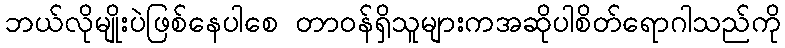
ဘယ်လိုမျိုးပဲဖြစ်နေပါစေ တာဝန်ရှိသူများကအဆိုပါစိတ်ရောဂါသည်ကို